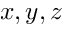
x , y , z